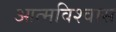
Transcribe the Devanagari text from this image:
आत्‍मविश्‍वास